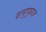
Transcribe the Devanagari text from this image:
वायुपुत्राज